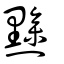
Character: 黲